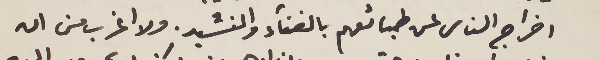
اخراج الناس عن طبائعهم بالغناء والنشيد. ولا اغرب من ان